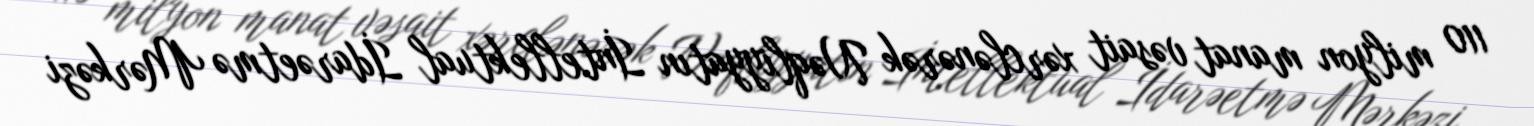
110 milyon manat vəsait xərclənərək Nəqliyyatın İntellektual İdarəetmə Mərkəzi